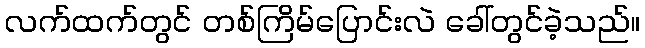
လက်ထက်တွင် တစ်ကြိမ်ပြောင်းလဲ ခေါ်တွင်ခဲ့သည်။